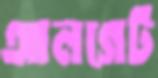
আলগেট